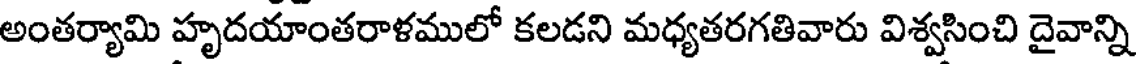
అంతర్యామి హృదయాంతరాళములో కలడని మధ్యతరగతివారు విశ్వసించి దైవాన్ని